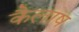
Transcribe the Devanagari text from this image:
कैलाष